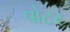
વોટર